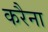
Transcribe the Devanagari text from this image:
करैना